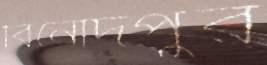
বিনোদপুর